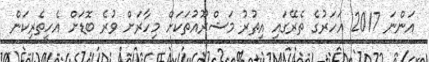
އަންނަ 2017 އަހަރުގެ ތެރޭގައި އިތުރު މަޝްރޫއުތަކަށް މިހާރަށް ވުރެ ބޮޑަށް އެހީތެރިކަން